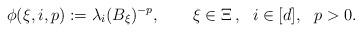
LaTeX: \begin{align*}\phi(\xi,i,p):=\lambda_i(B_\xi)^{-p},\qquad\xi\in\Xi \,,\ \ i\in[d],\ \ p>0.\end{align*}